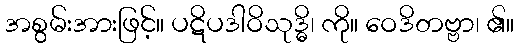
အစွမ်းအားဖြင့်။ ပဋိပဒါဝိသုဒ္ဓိ၊ ကို။ ဝေဒိတဗ္ဗာ၊ ၏။